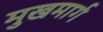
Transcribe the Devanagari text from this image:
मुखमार्ग